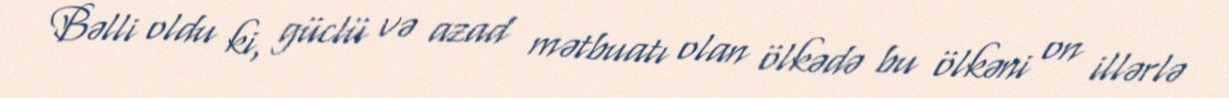
Bəlli oldu ki, güclü və azad mətbuatı olan ölkədə bu ölkəni on illərlə